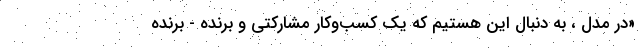
«در مدل ، به دنبال این هستیم که یک کسب‌وکار مشارکتی و برنده - برنده